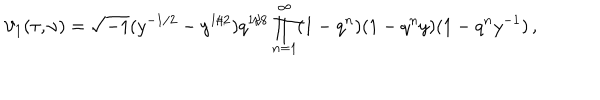
LaTeX: \vartheta _ { 1 } ( \tau , \nu ) = \sqrt { - 1 } ( y ^ { - 1 / 2 } - y ^ { 1 / 2 } ) q ^ { 1 / 8 } \prod _ { n = 1 } ^ { \infty } ( 1 - q ^ { n } ) ( 1 - q ^ { n } y ) ( 1 - q ^ { n } y ^ { - 1 } ) \, ,